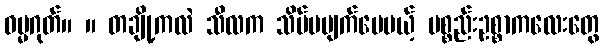
ဓမ္မဂုတ်။ ။ တချို့ကလဲ သီလက သိပ်မပျက်ပေမယ့် ပစ္စည်းဥစ္စာကလေးတွေ